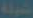
شيلة